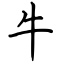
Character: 牛